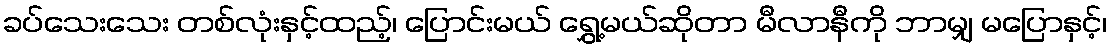
ခပ်သေးသေး တစ်လုံးနှင့်ထည့်၊ ပြောင်းမယ် ရွှေ့မယ်ဆိုတာ မီလာနီကို ဘာမျှ မပြောနှင့်၊